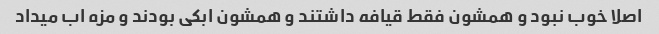
اصلا خوب نبود و همشون فقط قیافه داشتند و همشون ابکی بودند و مزه اب میداد